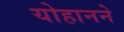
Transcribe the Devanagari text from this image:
योहानने